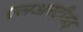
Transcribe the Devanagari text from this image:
एलआरटीआइ